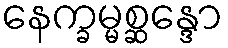
နေက္ခမ္မစ္ဆန္ဒော